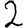
Digit: 2